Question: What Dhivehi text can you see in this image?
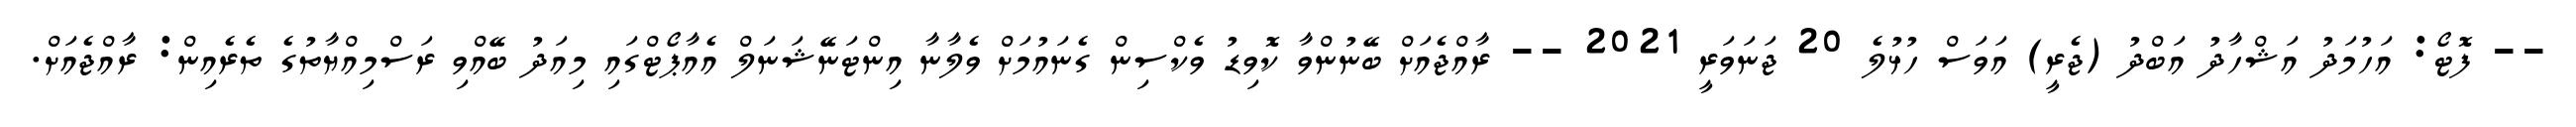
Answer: -- ފޮޓޯ: އަހުމަދު އަޝްހާދު އަބްދު (ޖެރީ) އަވަސް ހުޅުލެ 20 ޖަނަވަރީ 2021 -- ރާއްޖެއަށް ބޭނުންވާ ކޮވިޑު ވެކްސިން ގެނައުމަށް ވެލާނާ އިންޓަނޭޝަނަލް އެއާޕޯޓްގައި މިއަދު ބޭއްވި ރަސްމިއްޔާތުގެ ތެރެއިން: ރާއްޖެއަށް.